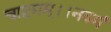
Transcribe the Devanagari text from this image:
चाष्टमम्।।नवमं